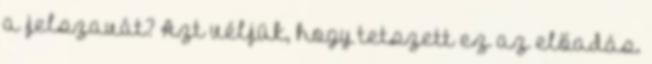
a jelszavát? Azt véljük, hogy tetszett ez az előadás.